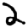
Digit: 2